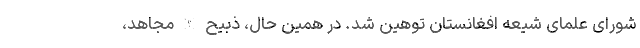
شورای علمای شیعه افغانستان توهین شد. در همین حال، ذبیح الله مجاهد،